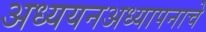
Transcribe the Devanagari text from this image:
अध्ययनअध्यापनाचे